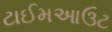
ટાઈમઆઉટ